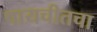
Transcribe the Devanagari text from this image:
पायचीतचा